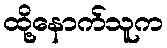
ထို့နောက်သူက